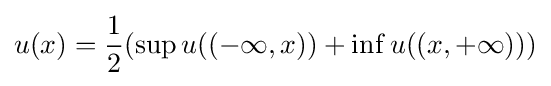
u(x)={\frac {1}{2}}(\sup u((-\infty ,x))+\inf u((x,+\infty )))